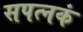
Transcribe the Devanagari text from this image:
सपत्नकं